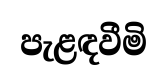
පැළඳවීමි